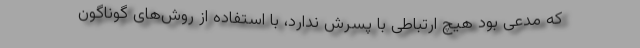
که مدعی بود هیچ ارتباطی با پسرش ندارد، با استفاده از روش‌های گوناگون